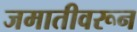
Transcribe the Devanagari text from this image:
जमातीवरून